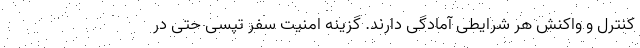
کنترل و واکنش هر شرایطی آمادگی دارند. گزینه امنیت سفر تپسی حتی در